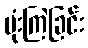
ဗုံးကြဲခြင်း